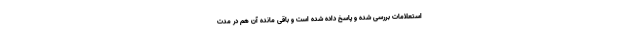
استعلامات بررسی شده و پاسخ داده شده است و باقی مانده آن هم در مدت